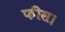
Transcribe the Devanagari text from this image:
फीस।